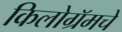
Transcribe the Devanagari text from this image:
किलोग्रॅमचे